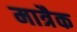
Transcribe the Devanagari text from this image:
मात्रैक